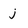
Character: j